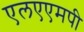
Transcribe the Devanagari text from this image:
एलएएमपी